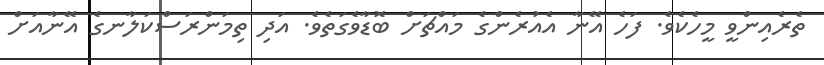
ތެރެއިންވީ މީހެކެވެ. ފަހެ އޭނާ އެއުރެންގެ މައްޗަށް ބޮޑާވެގަތެވެ. އަދި ތިމަންރަސްކަލާނގެ އޭނާއަށް